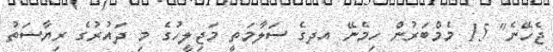
ޖެހޭނެ" 15 މެމްބަރުން ހިމެނޭ އދގެ ސަލާމަތީ މަޖިލީހުގެ މި ދައުރުގެ ރިޔާސަތު